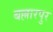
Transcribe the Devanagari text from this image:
बल्लारपुर